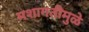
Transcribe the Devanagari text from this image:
मशागतीमुळे